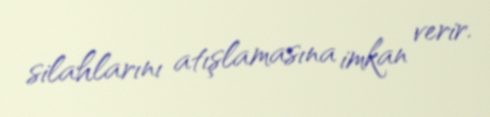
silahlarını atışlamasına imkan verir.